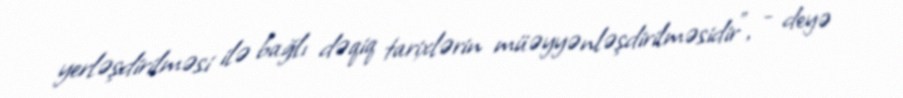
yerləşdirilməsi ilə bağlı dəqiq tarixlərin müəyyənləşdirilməsidir”, - deyə